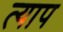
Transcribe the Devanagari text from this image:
त्याप